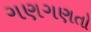
ગણગણતો